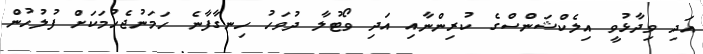
އަދި ވިދާޅުވީ އިލެކްޝަންސްގެ ކުރިންނާއި އަދި ވޯޓުލާ ދުވަހު ހިނގާފާނެ ހަމަނުޖެހުމަކަށް ފުލުހުން